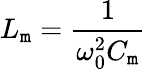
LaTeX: L_{\mathtt{m}}=\frac{{1}}{{\omega_{0}^{2}C_{\mathtt{m}}}}